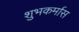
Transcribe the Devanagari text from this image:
शुभकर्मास